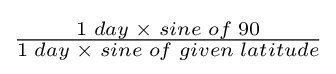
{\begin{matrix}{\frac {1\;day\;\times \;sine\;of\;90}{1\;day\;\times \;sine\;of\;given\;latitude}}\end{matrix}}